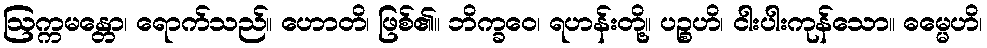
ဩက္ကမန္တော၊ ရောက်သည်။ ဟောတိ၊ ဖြစ်၏။ ဘိက္ခဝေ၊ ရဟန်းတို့။ ပဉ္စဟိ၊ ငါးပါးကုန်သော။ ဓမ္မေဟိ၊